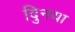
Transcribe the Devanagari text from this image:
दुिनया